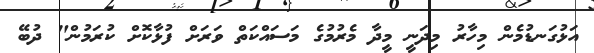
އަޅުގަނޑުމެން މިހާރު މިދަނީ މީދާ މެރުމުގެ މަސައްކަތް ވަރަށް ފުޅާކޮށް ކުރަމުން" ދުބޭ